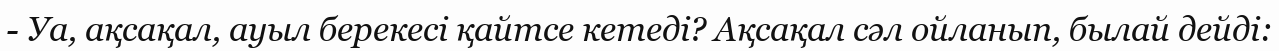
- Уа, ақсақал, ауыл берекесі қайтсе кетеді? Ақсақал сәл ойланып, былай дейді: